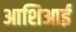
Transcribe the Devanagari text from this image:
आशिआई